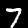
Label: 7